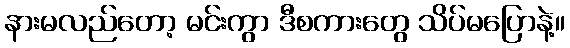
နားမလည်တော့ မင်းကွာ ဒီစကားတွေ သိပ်မပြောနဲ့။